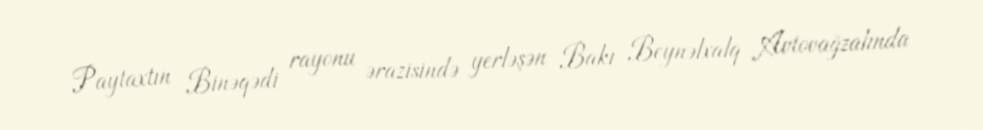
Paytaxtın Binəqədi rayonu ərazisində yerləşən Bakı Beynəlxalq Avtovağzalında